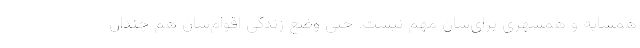
همسایه و همشهری‌ برای‌شان مهم نیست. حتی وضع زندگی اقوام‌شان هم چندان